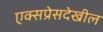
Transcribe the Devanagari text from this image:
एक्सप्रेसदेखील